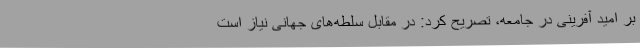
بر امید آفرینی در جامعه، تصریح کرد: در مقابل سلطه‌های جهانی نیاز است